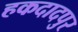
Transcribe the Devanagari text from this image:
हकदादपुर